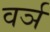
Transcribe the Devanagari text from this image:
वर्ञ